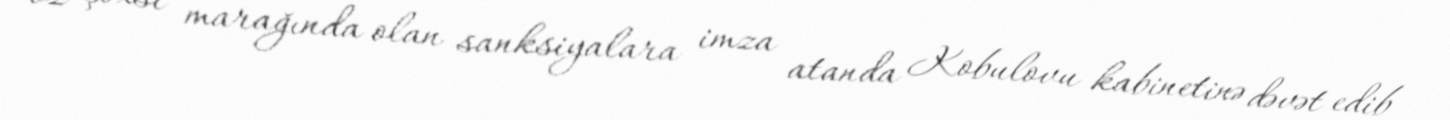
öz şəxsi marağında olan sanksiyalara imza atanda Kobulovu kabinetinə dəvət edib